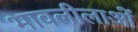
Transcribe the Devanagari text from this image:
भावलीलाओं